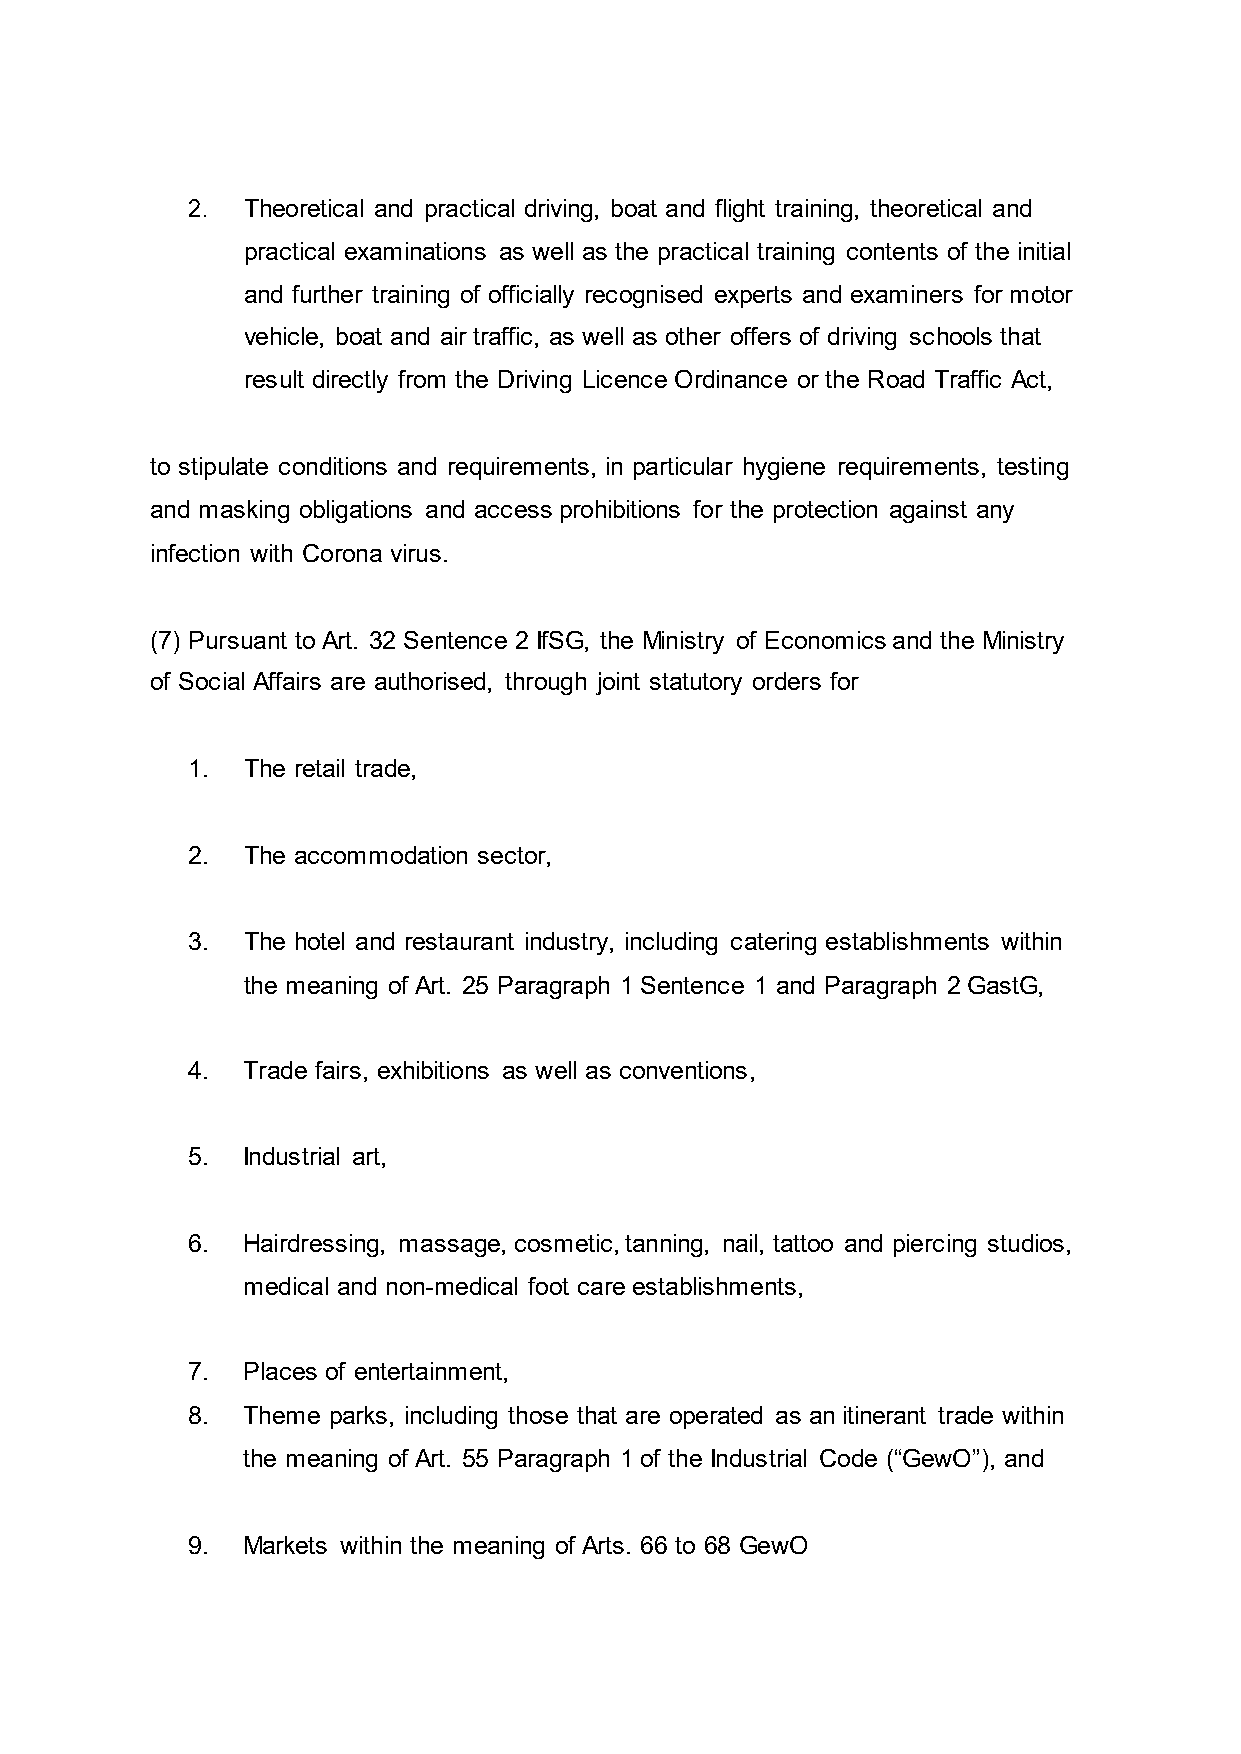
2.  Theoretical and practical driving, boat and flight training, theoretical and
 practical examinations as well as the practical training contents of the initial
 and further training of officially recognised experts and examiners for motor
 vehicle, boat and air traffic, as well as other offers of driving schools that
 result directly from the Driving Licence Ordinance or the Road Traffic Act,
 to stipulate conditions and requirements, in particular hygiene requirements, testing
 and masking obligations and access prohibitions for the protection against any
 infection with Corona virus.
 (7) Pursuant to Art. 32 Sentence 2 IfSG, the Ministry of Economics and the Ministry
 of Social Affairs are authorised, through joint statutory orders for
 1.  The retail trade,
 2.  The accommodation sector,
 3.  The hotel and restaurant industry, including catering establishments within
 the meaning of Art. 25 Paragraph 1 Sentence 1 and Paragraph 2 GastG,
 4.  Trade fairs, exhibitions as well as conventions,
 5.  Industrial art,
 6.  Hairdressing, massage, cosmetic, tanning, nail, tattoo and piercing studios,
 medical and non-medical foot care establishments,
 7.  Places of entertainment,
 8.  Theme parks, including those that are operated as an itinerant trade within
 the meaning of Art. 55 Paragraph 1 of the Industrial Code (“GewO”), and
 9.  Markets within the meaning of Arts. 66 to 68 GewO